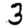
Digit: 3